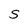
Character: S